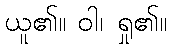
ယူ၏။ ဝါ၊ ရှု၏။